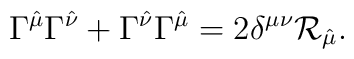
\Gamma^{\hat{\mu}}\Gamma^{\hat{\nu}} + \Gamma^{\hat{\nu}}\Gamma^{\hat{\mu}} = 2\delta^{\mu\nu} \mathcal{R}_{\hat{\mu}} .